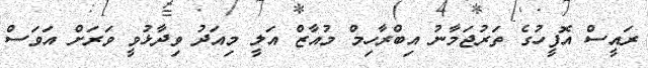
ރައީސް އޮފީހުގެ ތަރުޖަމާނު އިބްރާހިމް މުއާޒް އަލީ މިއަދު ވިދާޅުވީ ވަރަށް އަވަސް